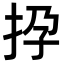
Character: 𢫡